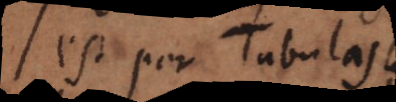
est per Tabulas.